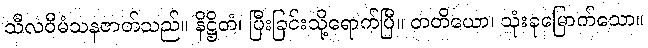
သီလဝီမံသနဇာတ်သည်။ နိဋ္ဌိတံ၊ ပြီးခြင်းသို့ရောက်ပြီ။ တတိယော၊ သုံးခုမြောက်သော။